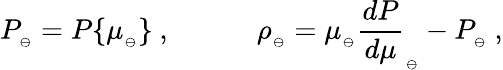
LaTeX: P_{_\ominus}=P\{ \mu_{_\ominus}\} \ ,\qquad\quad\rho_{_\ominus}=\mu_{_\ominus}{\frac{dP}{d\mu}}_{_\ominus}-P_{_\ominus}\ ,